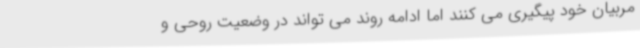
مربیان خود پیگیری می کنند اما ادامه روند می تواند در وضعیت روحی و